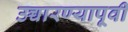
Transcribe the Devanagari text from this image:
उच्चारण्यापूर्वी